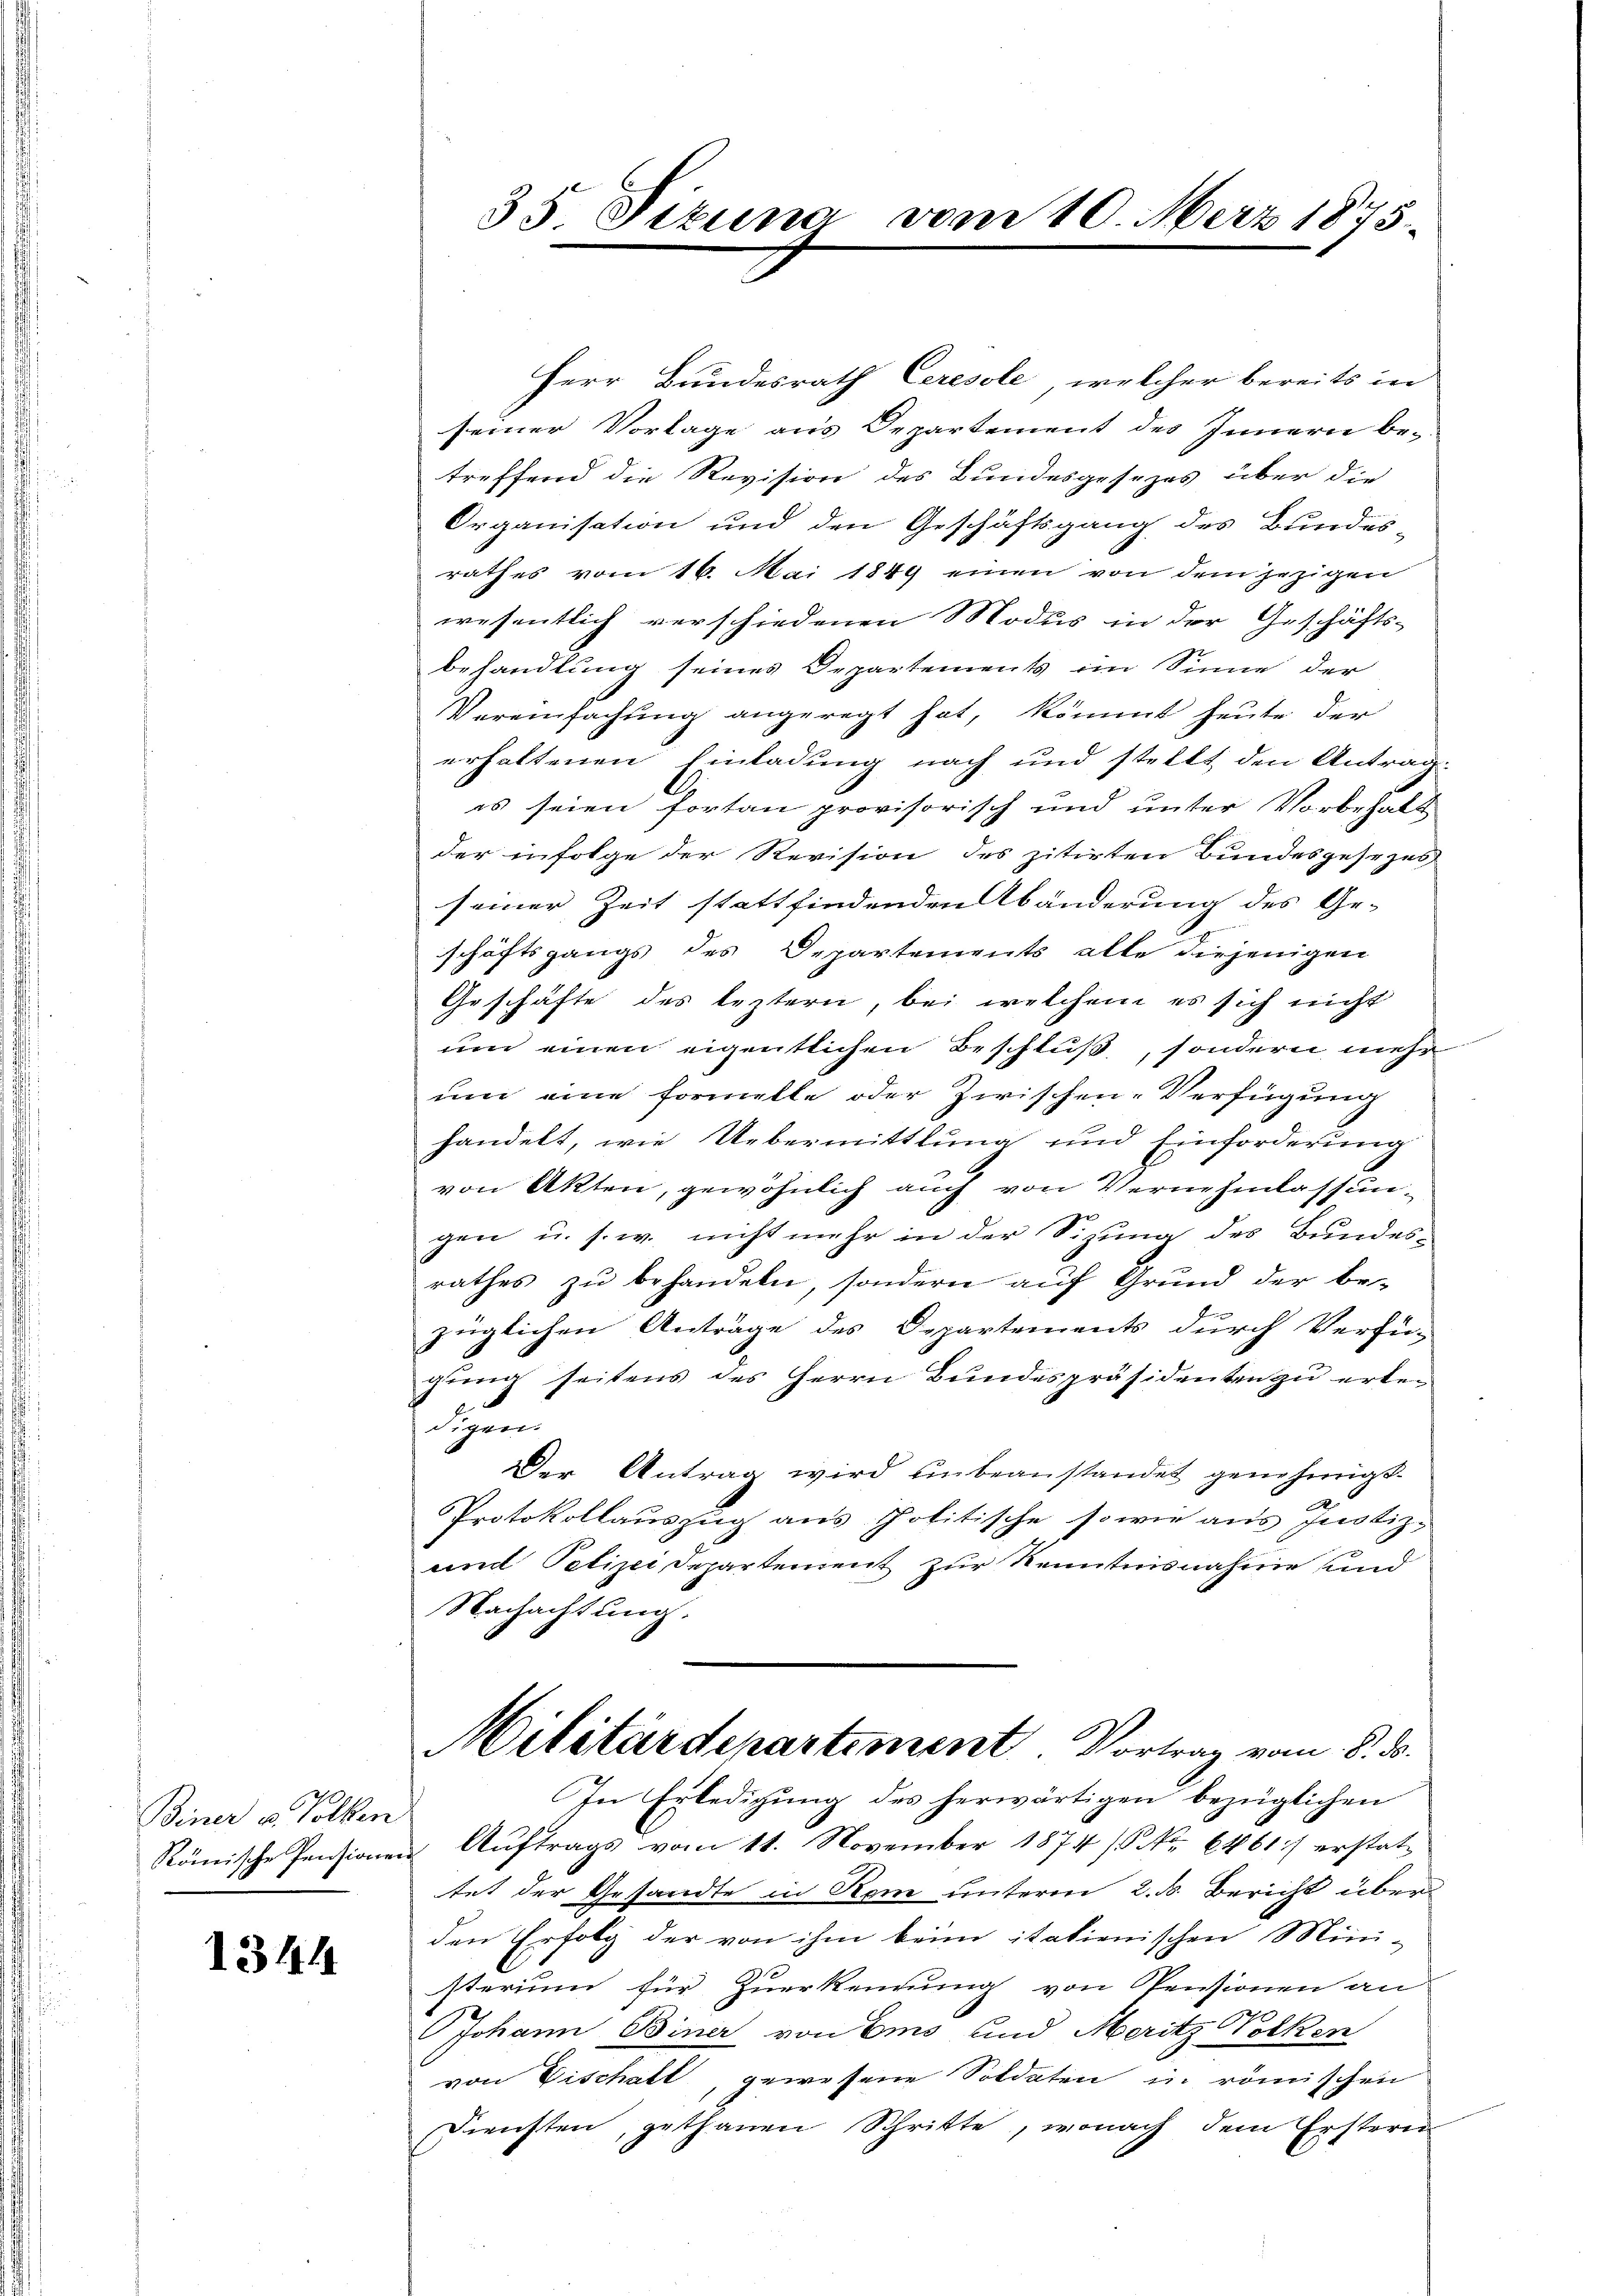
Biner u. Volken.

1344

35. Pizuna vom 10. März 1875.

Herr Bundesrath Ceresole, welcher bereits in
seiner Vorlage aus Departement des Innern be-
treffend die Revision des Bundesgesezes über die
Organisation und den Geschäftsgang des Bundes-
rathes vom 16. Mai 1849 einen von dem jezigen
wesentlich verschiedenen Modus in der Geschäfts-
behandlung seines Departements im Sinne der
Vereinfachŭng angeregt hat, kömmt heute der
erhaltenen Einladung nach und stellt, den Antrag-
es seien fortan provisorisch und unter Vorbehalt
der infolge der Revision des zitirten Bundesgesezes
seiner Zeit stattfindenden Abänderung des Ge-
schäftsgangs des Departements alte diejenigen
Geschäfte des leztern, bei welchem es sich nicht
um einen eigentlichen Beschluß, sondern mehr
um eine Formelle oder Zwischen-Verfügung
handelt, wie Uebermittlung und Einforderung
von Akten, gewöhnlich auch von Vernehmlassun-
gen u. s. w. nicht mehr in der Sizung des Bundes-
rathes zu behandeln, sondern auf Grund der be-
züglichen Anträge des Departements durch Verfü-
gung seitens des Herrn Bundespräsidenten zu erkedigen.
Der Antrag wird unbeanstandet genehmigt.
Protokollauszug aus Politische sowie aus Justiz-
und Polizei Departement zur Kenntnisnahme und
Nachachtung.
Militärdepartement. Vortrag vom 8. ds.
In Erledigŭng des herwärtigen bezüglichen
Römische Pensionen Auftrags vom 11. November 1874 / NNo. 6461) erstattet der Gesandte in Rom unterm 2. d. Bericht über-
den Erfolg der von ihm beim italienischen Mini-
sterium für Zuerkennung von Pensionen an
Johann Biner von Ems und Meritz Volken
von Vischaft, gewesene Soldaten in römischen
Diensten, gethanen Schritte, wonach dem Erstern